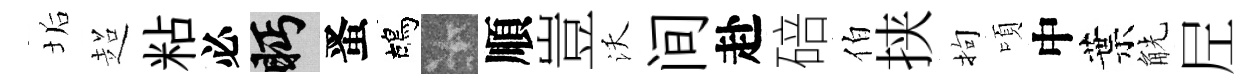
垢超粘必眄󱉠鴣卡順豈沃间赴碚伯挟拘頃中葉觥𡰱